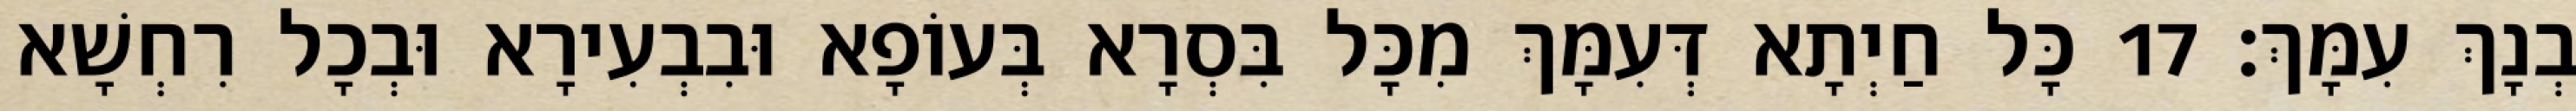
בְנָךְ עִמָּךְ׃ 17 כָּל חַיְתָא דְּעִמָּךְ מִכָּל בִּסְרָא בְּעוֹפָא וּבִבְעִירָא וּבְכָל רִחְשָׁא